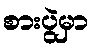
စားပွဲမှာ